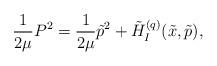
LaTeX: \begin{align*}\frac{1}{2\mu}P^{2}=\frac{1}{2\mu}\tilde p^{2}+\tilde H^{(q)}_I(\tilde x,\tilde p),\end{align*}